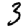
Digit: 3